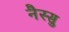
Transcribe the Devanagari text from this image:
नैस्सु